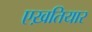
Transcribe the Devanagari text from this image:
एख़तियार